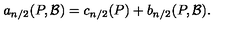
a _ { n / 2 } ( P , { \cal B } ) = c _ { n / 2 } ( P ) + b _ { n / 2 } ( P , { \cal B } ) .